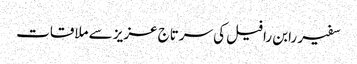
سفیر رابن رافیل کی سرتاج عزیز سے ملاقات